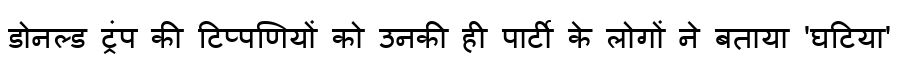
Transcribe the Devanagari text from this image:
डोनल्ड ट्रंप की टिप्पणियों को उनकी ही पार्टी के लोगों ने बताया 'घटिया'